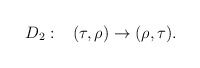
\begin{align*}D_2:\;\;\; (\tau, \rho)\to(\rho, \tau).\end{align*}